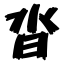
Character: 沓